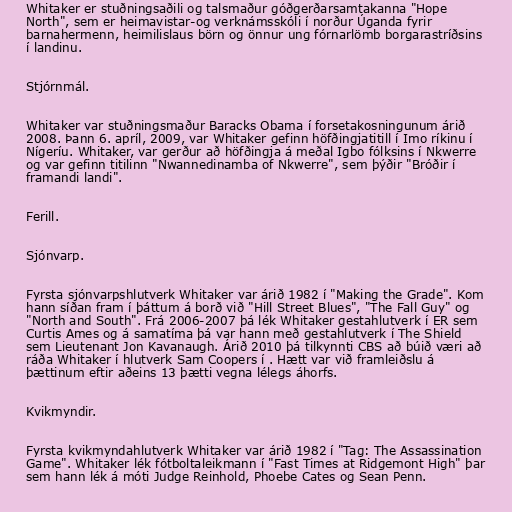
Whitaker er stuðningsaðili og talsmaður góðgerðarsamtakanna "Hope
North", sem er heimavistar-og verknámsskóli í norður Úganda fyrir
barnahermenn, heimilislaus börn og önnur ung fórnarlömb borgarastríðsins
í landinu.

Stjórnmál.

Whitaker var stuðningsmaður Baracks Obama í forsetakosningunum árið
2008. Þann 6. apríl, 2009, var Whitaker gefinn höfðingjatitill í Imo ríkinu í
Nígeríu. Whitaker, var gerður að höfðingja á meðal Igbo fólksins í Nkwerre
og var gefinn titilinn "Nwannedinamba of Nkwerre", sem þýðir "Bróðir í
framandi landi".

Ferill.

Sjónvarp.

Fyrsta sjónvarpshlutverk Whitaker var árið 1982 í "Making the Grade". Kom
hann síðan fram í þáttum á borð við "Hill Street Blues", "The Fall Guy" og
"North and South". Frá 2006-2007 þá lék Whitaker gestahlutverk í ER sem
Curtis Ames og á samatíma þá var hann með gestahlutverk í The Shield
sem Lieutenant Jon Kavanaugh. Árið 2010 þá tilkynnti CBS að búið væri að
ráða Whitaker í hlutverk Sam Coopers í . Hætt var við framleiðslu á
þættinum eftir aðeins 13 þætti vegna lélegs áhorfs.

Kvikmyndir.

Fyrsta kvikmyndahlutverk Whitaker var árið 1982 í "Tag: The Assassination
Game". Whitaker lék fótboltaleikmann í "Fast Times at Ridgemont High" þar
sem hann lék á móti Judge Reinhold, Phoebe Cates og Sean Penn.